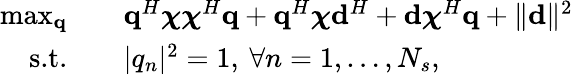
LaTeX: \begin{array}{rl}{\operatorname*{max}_{\mathbf{q}}\quad}&{\mathbf{q}^{H}\boldsymbol{\chi}\boldsymbol{\chi}^{H}\mathbf{q}+\mathbf{q}^{H}\boldsymbol{\chi}\mathbf{d}^{H}+\mathbf{d}\boldsymbol{\chi}^{H}\mathbf{q}+\| \mathbf{d}\| ^{2}}\\ {\textrm{s.t.}\quad}&{|q_{n}|^{2}=1,\: \forall n=1,\ldots,N_{s},}\end{array}